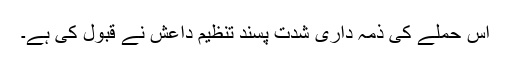
اس حملے کی ذمہ داری شدت پسند تنظیم داعش نے قبول کی ہے۔